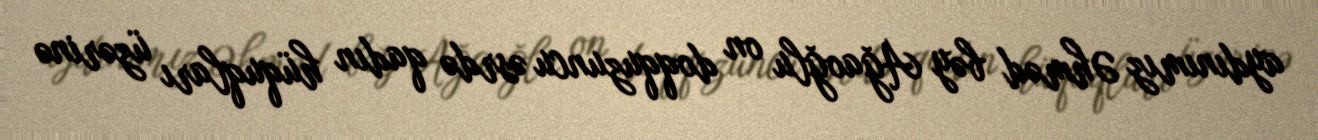
aydınımız Əhməd bəy Ağaoğlu on doqquzuncu əsrdə qadın hüquqları üzərinə